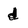
Character: d